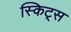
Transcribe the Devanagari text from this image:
स्किट्स